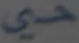
صي